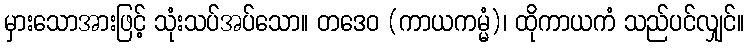
မှားသောအားဖြင့် သုံးသပ်အပ်သော။ တဒေဝ (ကာယကမ္မံ)၊ ထိုကာယကံ သည်ပင်လျှင်။